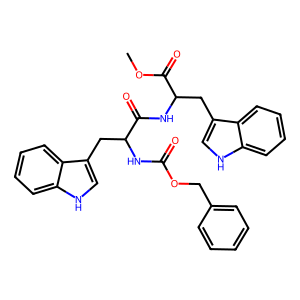
SMILES: COC(=O)C(Cc1c[nH]c2ccccc12)NC(=O)C(Cc1c[nH]c2ccccc12)NC(=O)OCc1ccccc1
Inhibits HIV replication: No